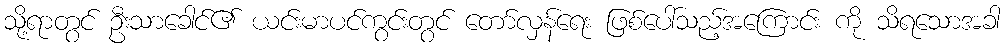
သို့ရာတွင် ဦးသာခေါင်၏ ယင်းမာပင်ကွင်းတွင် တော်လှန်ရေး ဖြစ်ပေါ်သည့်အကြောင်း ကို သိရသောအခါ